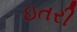
ઇતરી